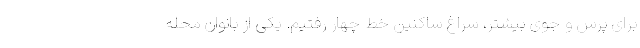
برای پرس و جوی بیشتر، سراغ ساکنین خط چهار رفتیم. یکی از بانوان محله